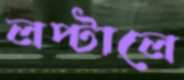
লপ্‌টালে